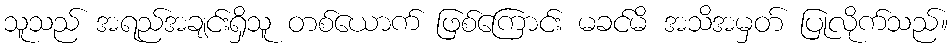
သူသည် အရည်အချင်းရှိသူ တစ်ယောက် ဖြစ်ကြောင်း မခင်မိ အသိအမှတ် ပြုလိုက်သည်။